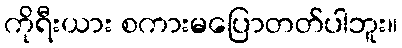
ကိုရီးယား စကားမပြောတတ်ပါဘူး။